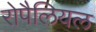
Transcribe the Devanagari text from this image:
रोपैलियल